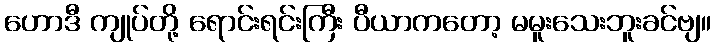
ဟောဒီ ကျုပ်တို့ ရောင်းရင်းကြီး ပီယာကတော့ မမူးသေးဘူးခင်ဗျ။